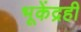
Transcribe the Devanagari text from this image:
भूकेंद्रही